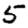
Digit: 5